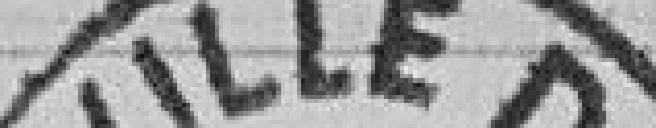
Ville de